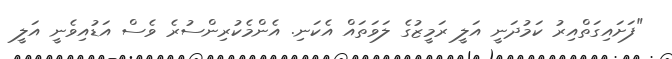
"ފަށައިގަތްއިރު ކަމުދަނީ އަލީ ރަމީޒުގެ ލަވަތައް އެކަނި. އެންމެކުރިންސުރެ ވެސް އަޑުއިވެނީ އަލީ